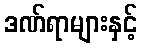
ဒဏ်ရာများနှင့်